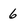
Character: 6